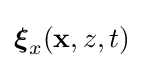
{\boldsymbol {\xi }}_{x}(\mathbf {x} ,z,t)